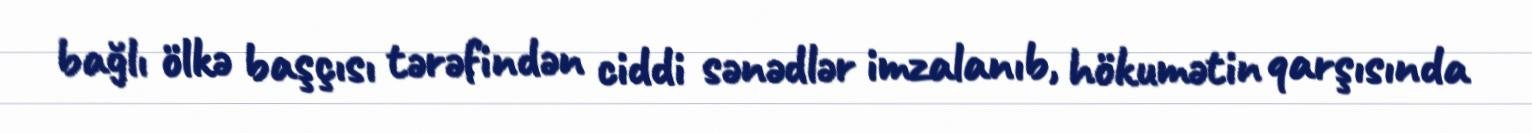
bağlı ölkə başçısı tərəfindən ciddi sənədlər imzalanıb, hökumətin qarşısında